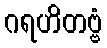
ဂရဟိတဗ္ဗံ